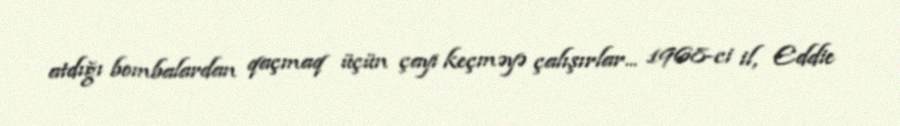
atdığı bombalardan qaçmaq üçün çayı keçməyə çalışırlar... 1968-ci il, Eddie